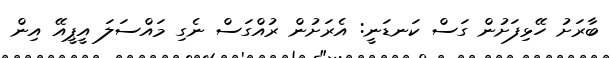
ބާރަށު ހޭޅިފަށުން ގަސް ކަނޑަނީ: އެރަށުން ރުއްގަސް ނެގި މައްސަލަ އީޕީއޭ އިން